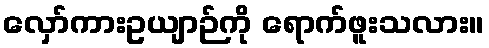
လှော်ကားဥယျာဉ်ကို ရောက်ဖူးသလား။